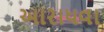
આરાધવા